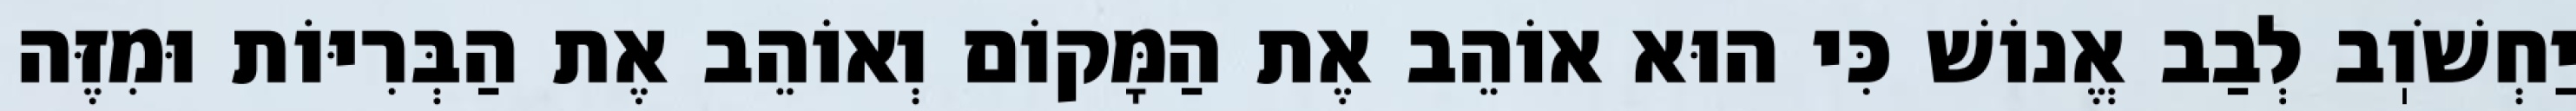
יַחְשֹׁוֽב לְבַב אֱנוֹשׁ כִּי הוּא אוֹהֵב אֶת הַמָּקוֹם וְאוֹהֵב אֶת הַבְּרִיּוֹת וּמִזֶּה